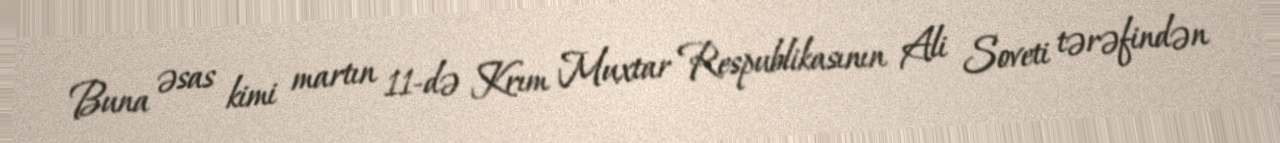
Buna əsas kimi martın 11-də Krım Muxtar Respublikasının Ali Soveti tərəfindən